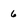
Character: 6